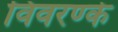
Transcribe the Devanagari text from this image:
विवरण्के